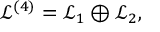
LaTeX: { \mathcal { L } } ^ { ( 4 ) } = { \mathcal { L } } _ { 1 } \oplus { \mathcal { L } } _ { 2 } ,